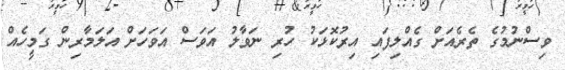
ވިސްނުމުގެ ތެރެއަށް ގެއްލިފައި އިރުކޮޅަކު ހުރި ނަވާލު އަވަސް އަވަހަށް އަލަމާރިން ގަމީހެއް